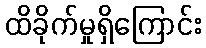
ထိခိုက်မှုရှိကြောင်း